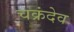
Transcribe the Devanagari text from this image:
चक्रंदेव